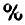
%